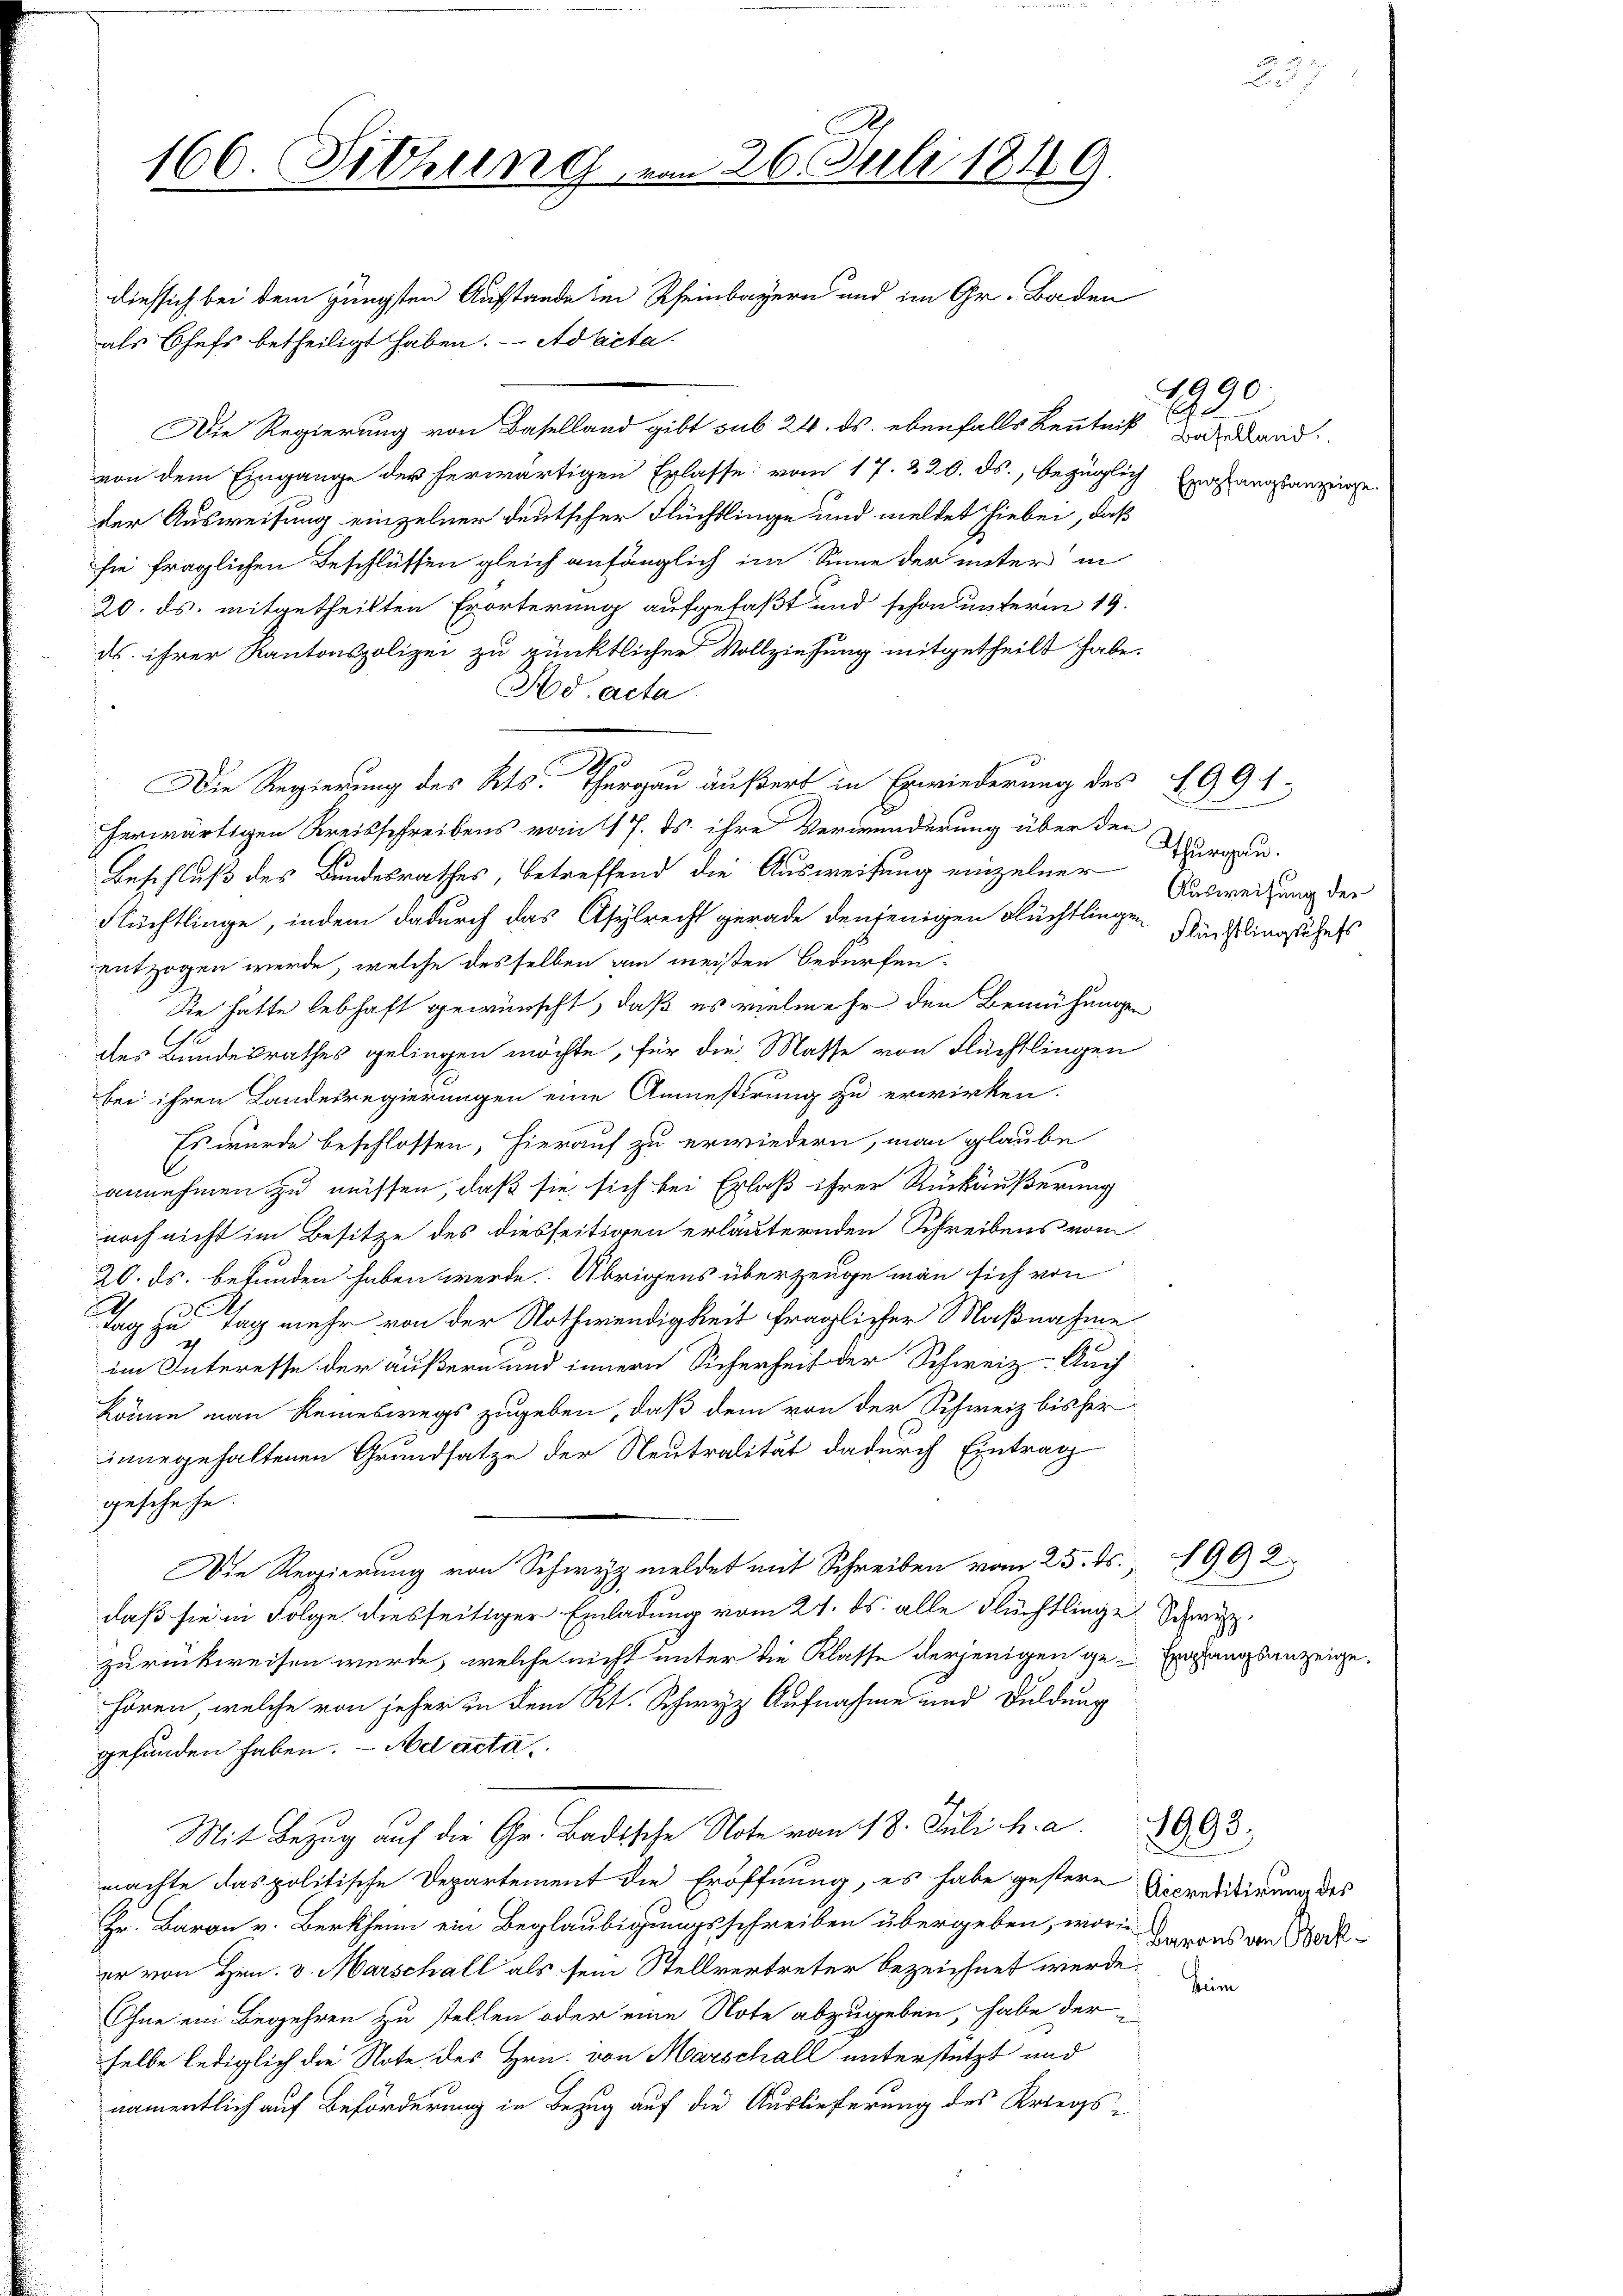
166. Sitzung.

dies sich bei dem jüngsten Aufstande den Rheinbayern und im Gr. Baden
als Chefs betheiligt haben. — Ad Acta.
Die Regierung von Baselland gibt sub 24. ds. ebenfalls Kenntniß
von dem Eingange der herwärtigen Erlasse vom 17. 220. ds., bezüglich Erstangsanzeige
der Ausweisung einzelner deutscher Flüchtlinge und meldet hiebei, daß
sie fraglichen Beschlüssen gleich anfänglich im Sinne der unter in
20. ds. mitgetheilten Erörterung aufgefaßt und schon unterm 19.
ds. ihrer Kantonspolizei zu pünktlicher Vollziehung mitgetheilt habe.
Nd acta
Die Regierung des Kts. Thurgau äußert in Erwiederung des 1991
herwärtigen Kreisschreibens vom 17. ds. ihre Verwunderung über den
Beschluß des Bundesrathes, betreffend die Ausweisung einzelner Burgau.
Flüchtlinge, indem dadurch das Asylrecht gerade denjenigen Flüchtlingen Rechtlingschaft
entzogen werde, welche desselben am meisten Bedürfen
Sie hätte lebhaft gewünscht, daß es vielmehr den Bemühungen
C
des Bundesrathes gelingen möchte, für die Masse von Flüchtlingen
bei ihren Landesregierungen eine Anmestirung zu erwirken.
Es wurde beschlossen, hierauf zu erwiedern, man glaube
annehmen zu müssen, daß sie sich bei Erlaß ihrer Rückäußerung
noch nicht im Besitze des diesseitigen erläuternden Schreibens vom
20. ds. befunden haben werde. Übrigens überzeuge man sich von
2
tag zu Tag mehr von der Nothwendigkeit fraglicher Maßnahme
im Interesse der äußern und innern Sicherheit der Schweiz. Auch
könne man keineswegs zugeben, daß dem von der Schweiz bisher
innegehaltenen Grundsatze der Neutralität dadurch Eintrag
geschehe.
Die Regierung von Schwyz meldet mit Schreiben vom 25. ds., 1902
daß sie in Folge diesseitiger Einladung vom 21. ds. alle Flüchtlinge Schweiz.
zurückweisen wurde, welche nicht unter die Klasse derjenigen ge-Empfangsanzeige.
hören, welche von jeher in dem R. Schwyz Aufnahme und Duldung
gefunden haben. — Nod acta¬
Mit Bezug auf die Gr. Badische Note vom 18. Juli h. a. 1993.
machte das politische Departement die Eröffnung, es habe gestern
Hr. Baron v. Berkheim ein Beglaubigungsschreiben übergeben, worin
er von Hrn. v. Marschall als sein Stellvertreter bezeichnet werde.
Ohne ein Begehren zu stellen oder eine Note abzugeben, habe der
selbe lediglich die Note des Hrn. von Marschall unterstützt und
namentlich auf Beförderung in Bezug auf die Auslieferung des Kriegs¬

2

26. Juli 1849.

4990.
Baselland.

Ausweisung der

Accreditirung des
Barons an Werk¬

Heim